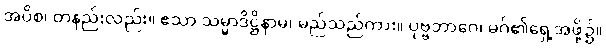
အပိစ၊ တနည်းလည်း။ ဧသာ သမ္မာဒိဋ္ဌိနာမ၊ မည်သည်ကား။ ပုဗ္ဗဘာဂေ၊ မဂ်၏ရှေ့အဖို့၌။